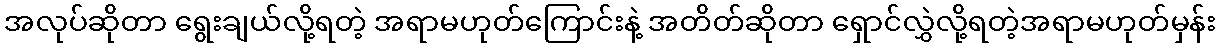
အလုပ်ဆိုတာ ရွေးချယ်လို့ရတဲ့ အရာမဟုတ်ကြောင်းနဲ့ အတိတ်ဆိုတာ ရှောင်လွှဲလို့ရတဲ့အရာမဟုတ်မှန်း